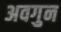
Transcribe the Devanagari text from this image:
अवगुन